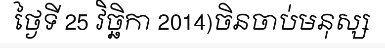
ថ្ងៃទី 25 វិច្ឆិកា 2014)ចិនចាប់មនុស្ស